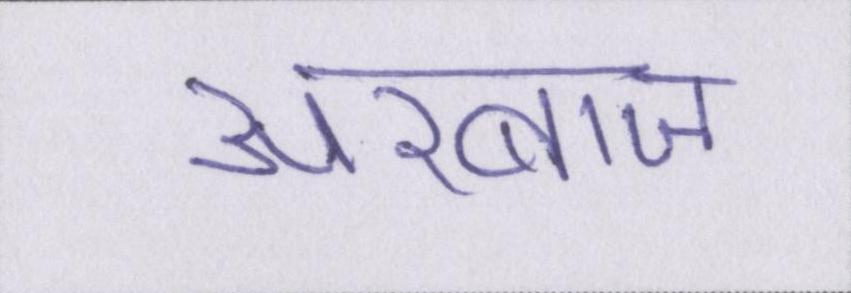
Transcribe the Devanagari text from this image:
अरबाज